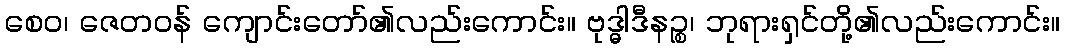
စေဝ၊ ဇေတဝန် ကျောင်းတော်၏လည်းကောင်း။ ဗုဒ္ဓါဒီနဉ္စ၊ ဘုရားရှင်တို့၏လည်းကောင်း။